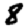
Digit: 8